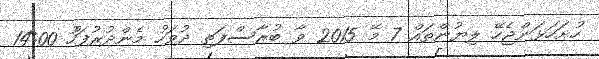
ހުށަހަޅަންޖެހޭ ލިޔުންތައް 7 މޭ 2015 ވާ ބުރާސްފަތި ދުވަހު މެންދުރުފަހުު 14:00